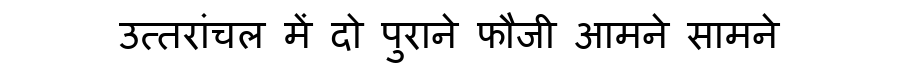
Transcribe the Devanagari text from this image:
उत्तरांचल में दो पुराने फौजी आमने सामने